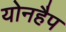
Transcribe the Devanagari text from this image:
योनहैप